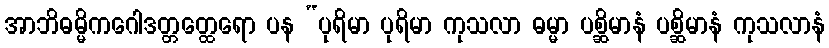
အာဘိဓမ္မိကဂေါဒတ္တတ္ထေရော ပန “ပုရိမာ ပုရိမာ ကုသလာ ဓမ္မာ ပစ္ဆိမာနံ ပစ္ဆိမာနံ ကုသလာနံ